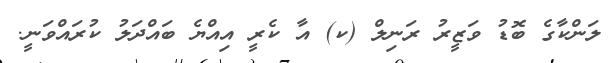
ލަންކާގެ ބޮޑު ވަޒީރު ރަނިލް (ކ) އާ ކެރީ އިއްޔެ ބައްދަލު ކުރައްވަނީ.